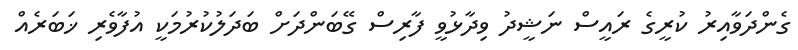
ގެންދަވާއިރު ކުރީގެ ރައީސް ނަޝީދު ވިދާޅުވީ ފާރިސް ގޭބަންދަށް ބަދަލުކުރުމަކީ އުފާވެރި ޚަބަރެއް